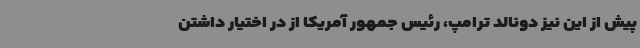
پیش از این نیز دونالد ترامپ، رئیس جمهور آمریکا از در اختیار داشتن